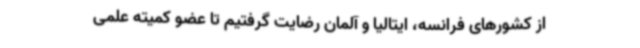
از کشورهای فرانسه، ایتالیا و آلمان رضایت گرفتیم تا عضو کمیته علمی